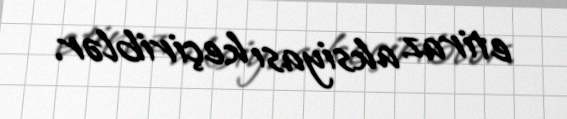
etiraz aksiyası keçiriblər.